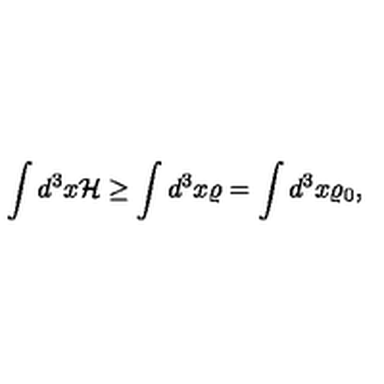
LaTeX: \int d ^ { 3 } x { \cal H } \ge \int d ^ { 3 } x \varrho = \int d ^ { 3 } x \varrho _ { 0 } ,